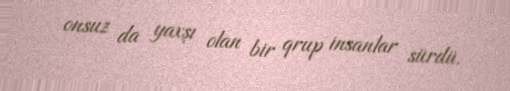
onsuz da yaxşı olan bir qrup insanlar sürdü.